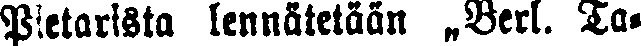
Pietarista lennätetään „Berl. Ta-